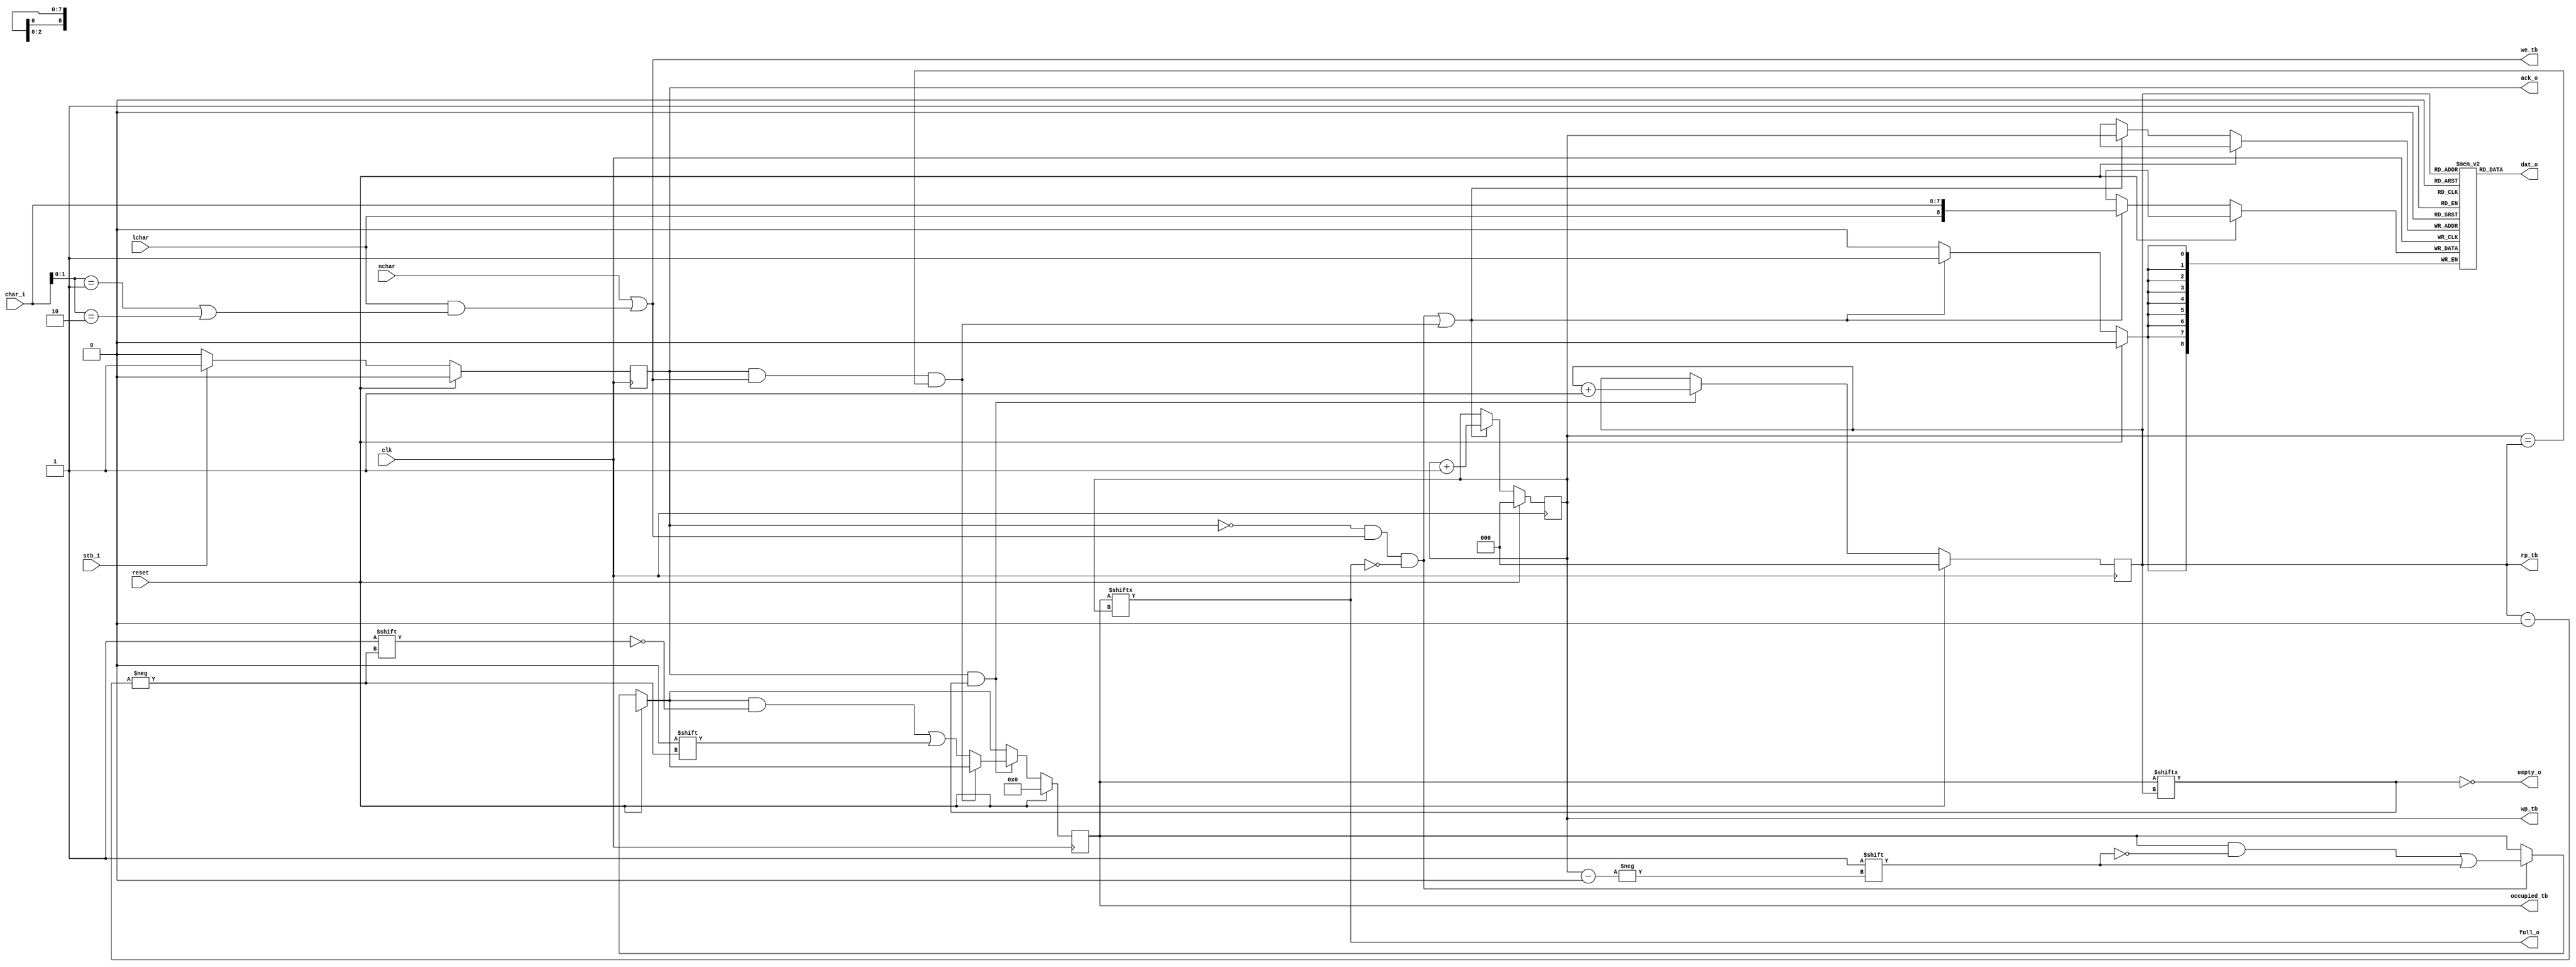
module queue_8x9(
	input		clk,
	input		reset,
	input		nchar,
	input		lchar,
	input	[7:0]	char_i,
	input		stb_i,
	output		ack_o,
	output	[8:0]	dat_o,
	output		full_o,
	output		empty_o,

	output	[7:0]	occupied_tb,	// TEST BENCH ONLY
	output	[2:0]	rp_tb,
	output	[2:0]	wp_tb,
	output		we_tb
);
	reg [8:0] queue[0:7];
	reg [7:0] occupied;	// Which slots hold valid data?
	reg [2:0] rp, wp;	// Counters indicating next slot to read, write.
	reg oe_r;

	assign ack_o = oe_r;
	assign dat_o = queue[rp];
	assign full_o = occupied[wp];
	assign empty_o = ~occupied[rp];

	wire is_eop = (char_i[1:0] == 2'b01) | (char_i[1:0] == 2'b10);
	wire we = (nchar | (lchar & is_eop));
	wire ptrs_eq = (wp == rp);

	always @(posedge clk) begin
		oe_r <= oe_r;

		if(reset) begin
			oe_r <= 0;
		end
		else if(stb_i) begin
			oe_r <= 1;
		end
		else if(oe_r) begin
			oe_r <= 0;
		end
	end

	wire should_set_occupied_flag = (~ack_o & we & ~occupied[wp]);
	wire read_write_concurrently = (ack_o & we & ptrs_eq);
	wire should_store = should_set_occupied_flag | read_write_concurrently;
	wire should_pop_queue = ack_o & occupied[rp];

	always @(posedge clk) begin
		occupied <= occupied;
		rp <= rp;
		wp <= wp;

		if(reset) begin
			occupied <= 8'h00;
			rp <= 3'd0;
			wp <= 3'd0;
		end
		else begin
			if(should_store) begin
				queue[wp] <= {lchar, char_i};
				wp <= wp + 1;
			end
			if(should_set_occupied_flag) begin
				occupied[wp] <= 1;
			end
			if(should_pop_queue) begin
				if(~read_write_concurrently) begin
					occupied[rp] <= 0;
				end
				rp <= rp + 1;
			end
		end
	end

	assign occupied_tb = occupied;
	assign rp_tb = rp;
	assign wp_tb = wp;
	assign we_tb = we;
endmodule